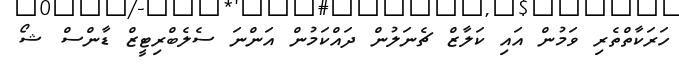
ހަރަކާތްތެރި ވަމުން އައި ކަލާޒް ޗެނަލުން ދައްކަމުން އަންނަ ސެލެބްރިޓީޒް ޑާންސް ޝޯ